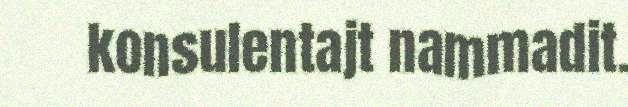
konsulentajt nammadit.